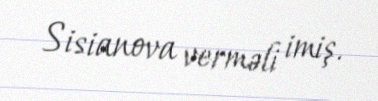
Sisianova verməli imiş.